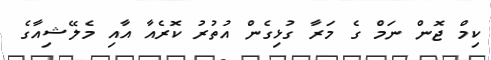
ކިމް ޖޮން ނަމް ގެ މަރާ ގުޅިގެން އުތުރު ކޮރެއާ އާއި މެލޭޝިއާގެ